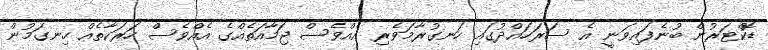
ޑޮކްޓަރުން ބުނެފައިވަނީ އެ ސަރަހައްދުގައި ހަނގުރާމަވެރި އެއްވެސް ޖަމާއަތެއްގެ އެއްވެސް ހަރަކާތެއް ހިނގަމުން